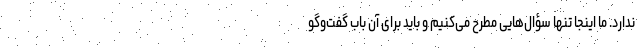
ندارد. ما اینجا تنها سؤال‌هایی مطرح می‌کنیم و باید برای آن باب گفت‌وگو